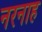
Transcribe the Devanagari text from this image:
नरनाह